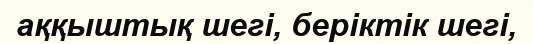
аққыштық шегі, беріктік шегі,